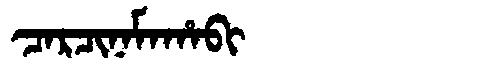
Manchu: ᠴᠠᡵᠴᡳᠨᠠᠮᠠᡥᠠᠪᡳ
Romanization: CARCINAMAHABI